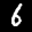
Label: 6